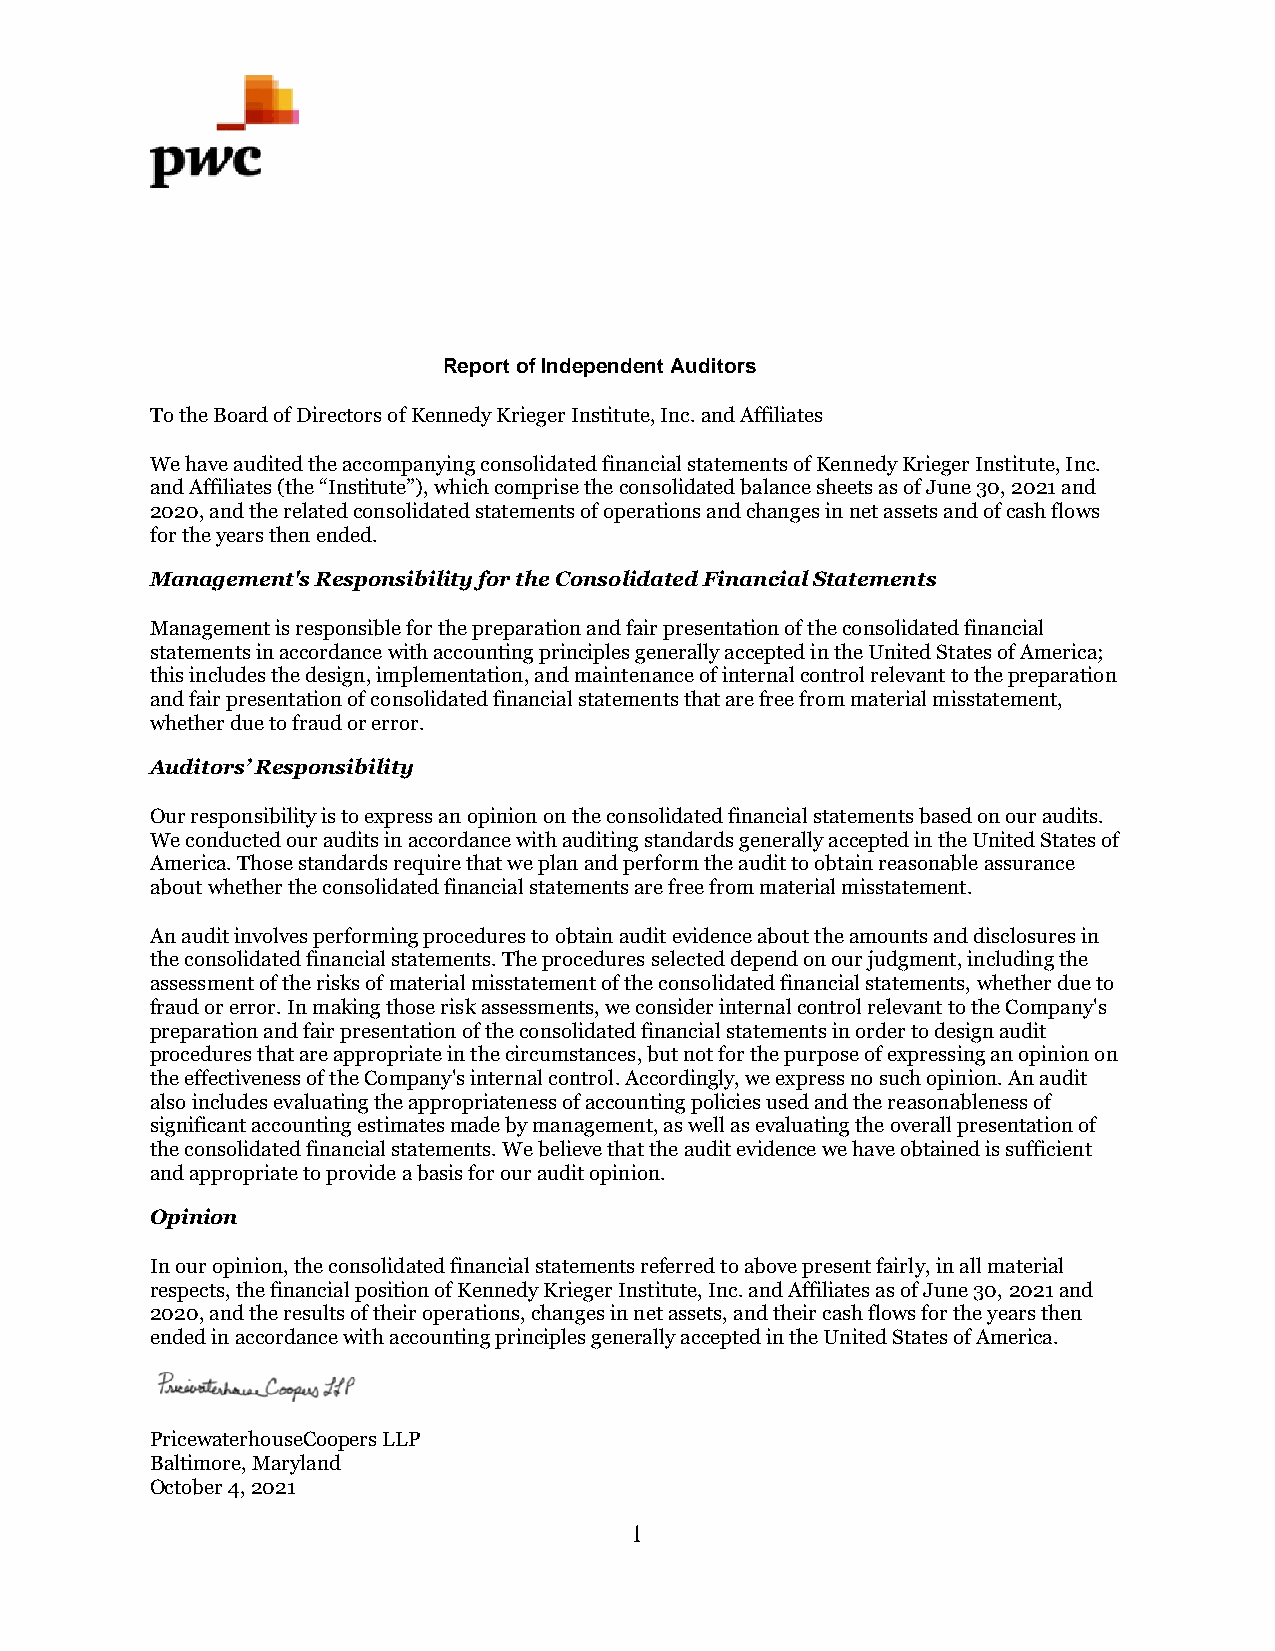
Report of Independent Auditors
 To the Board of Directors of Kennedy Krieger Institute, Inc. and Affiliates
 We have audited the accompanying consolidated financial statements of Kennedy Krieger Institute, Inc.
 and Affiliates (the “Institute”), which comprise the consolidated balance sheets as of June 30, 2021 and
 2020, and the related consolidated statements of operations and changes in net assets and of cash flows
 for the years then ended.
 Management's Responsibility for the Consolidated Financial Statements
 Management is responsible for the preparation and fair presentation of the consolidated financial
 statements in accordance with accounting principles generally accepted in the United States of America;
 this includes the design, implementation, and maintenance of internal control relevant to the preparation
 and fair presentation of consolidated financial statements that are free from material misstatement,
 whether due to fraud or error.
 Auditors’ Responsibility
 Our responsibility is to express an opinion on the consolidated financial statements based on our audits.
 We conducted our audits in accordance with auditing standards generally accepted in the United States of
 America. Those standards require that we plan and perform the audit to obtain reasonable assurance
 about whether the consolidated financial statements are free from material misstatement.
 An audit involves performing procedures to obtain audit evidence about the amounts and disclosures in
 the consolidated financial statements. The procedures selected depend on our judgment, including the
 assessment of the risks of material misstatement of the consolidated financial statements, whether due to
 fraud or error. In making those risk assessments, we consider internal control relevant to the Company's
 preparation and fair presentation of the consolidated financial statements in order to design audit
 procedures that are appropriate in the circumstances, but not for the purpose of expressing an opinion on
 the effectiveness of the Company's internal control. Accordingly, we express no such opinion. An audit
 also includes evaluating the appropriateness of accounting policies used and the reasonableness of
 significant accounting estimates made by management, as well as evaluating the overall presentation of
 the consolidated financial statements. We believe that the audit evidence we have obtained is sufficient
 and appropriate to provide a basis for our audit opinion.
 Opinion
 In our opinion, the consolidated financial statements referred to above present fairly, in all material
 respects, the financial position of Kennedy Krieger Institute, Inc. and Affiliates as of June 30, 2021 and
 2020, and the results of their operations, changes in net assets, and their cash flows for the years then
 ended in accordance with accounting principles generally accepted in the United States of America.
 PricewaterhouseCoopers LLP
 Baltimore, Maryland
 October 4, 2021
 1